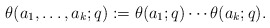
\begin{align*}\theta(a_1,\dots,a_k;q):=\theta(a_1;q)\cdots\theta(a_k;q).\end{align*}